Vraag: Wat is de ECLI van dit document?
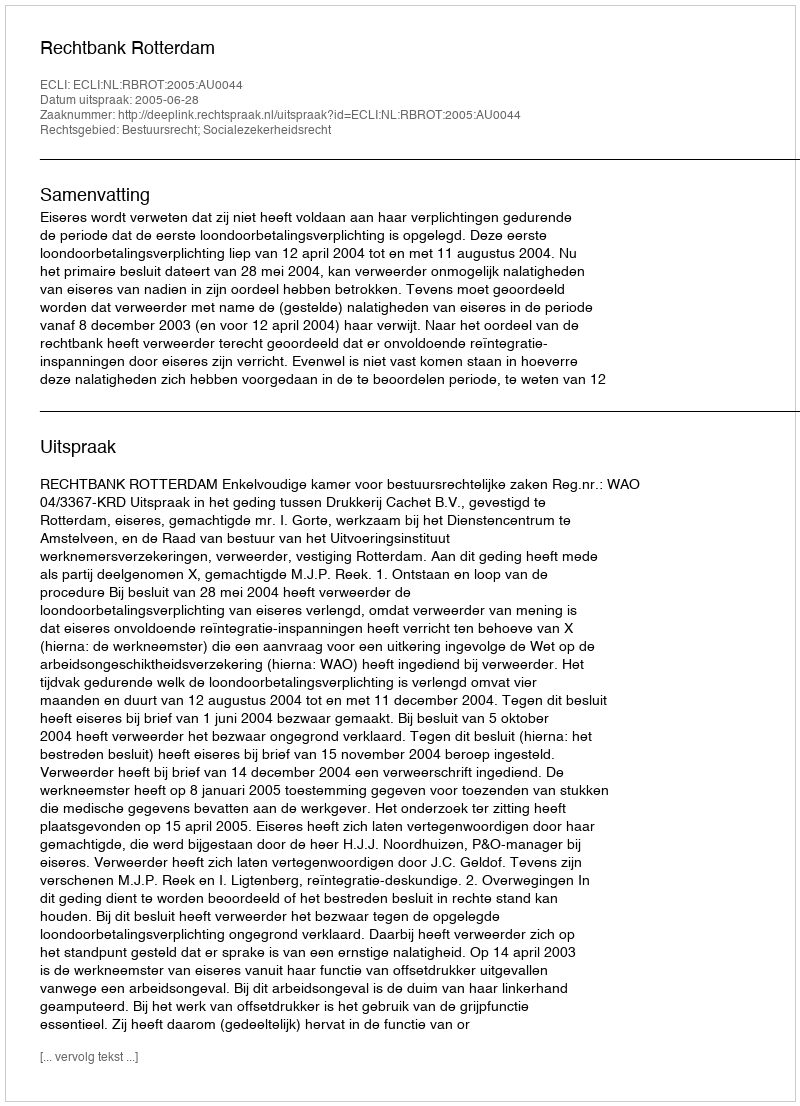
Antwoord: ECLI:NL:RBROT:2005:AU0044